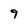
Character: 9